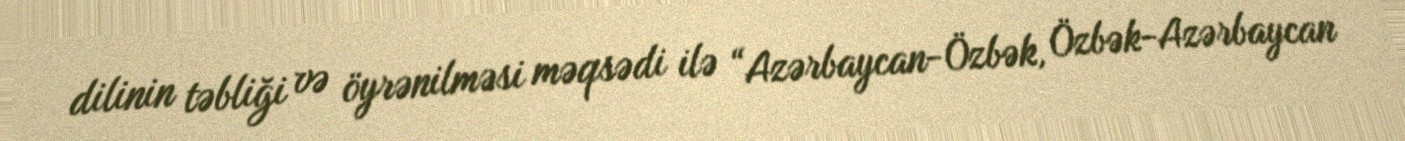
dilinin təbliği və öyrənilməsi məqsədi ilə “Azərbaycan-Özbək, Özbək-Azərbaycan